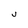
Character: J